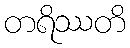
တရိဿတိ